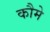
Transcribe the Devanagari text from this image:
कौमे